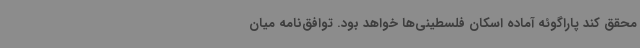
محقق کند پاراگوئه آماده اسکان فلسطینی‌ها خواهد بود. توافق‌نامه میان